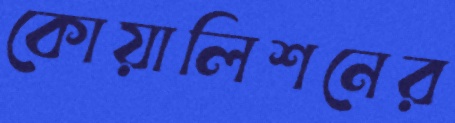
কোয়ালিশনের